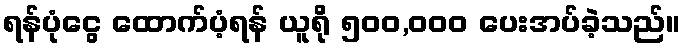
ရန်ပုံငွေ ထောက်ပံ့ရန် ယူရို ၅၀၀,၀၀၀ ပေးအပ်ခဲ့သည်။